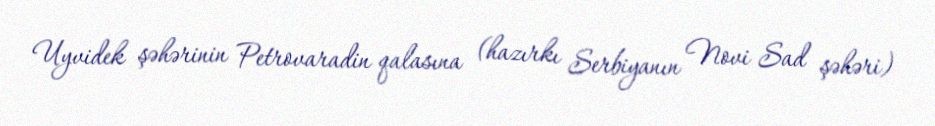
Uyvidek şəhərinin Petrovaradin qalasına (hazırkı Serbiyanın Novi Sad şəhəri)